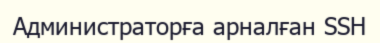
Администраторға арналған SSH